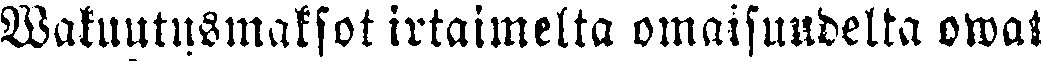
Wakuutusmaksot irtaimelta omaisuudelta owat